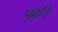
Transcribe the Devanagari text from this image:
पृवृत्ति